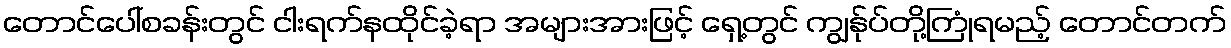
တောင်ပေါ်စခန်းတွင် ငါးရက်နထိုင်ခဲ့ရာ အများအားဖြင့် ရှေ့တွင် ကျွန်ုပ်တို့ကြုံရမည့် တောင်တက်